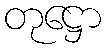
တုဋ္ဌော